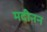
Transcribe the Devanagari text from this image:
मदीनन